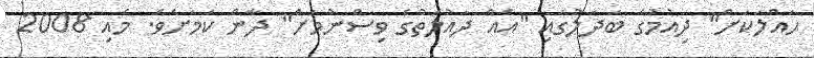
ޙައްލަކަށް" ދިއުމުގެ ބަދަލުގައި "އެއް ދައުލަތުގެ ވިސްނުމަށް" ދާން ކަމަށެވެ. މެއި 2008